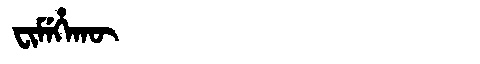
Manchu: ᠸᡳᠮᡝᡥᠠᡴᡡ
Romanization: FIMEHAKŪ